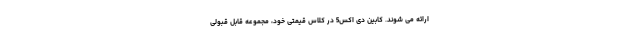
ارائه می شوند. کابین دی اکس5 در کلاس قیمتی خود، مجموعه قابل قبولی